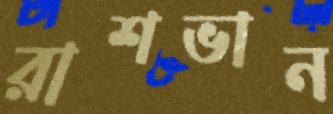
রাশভান